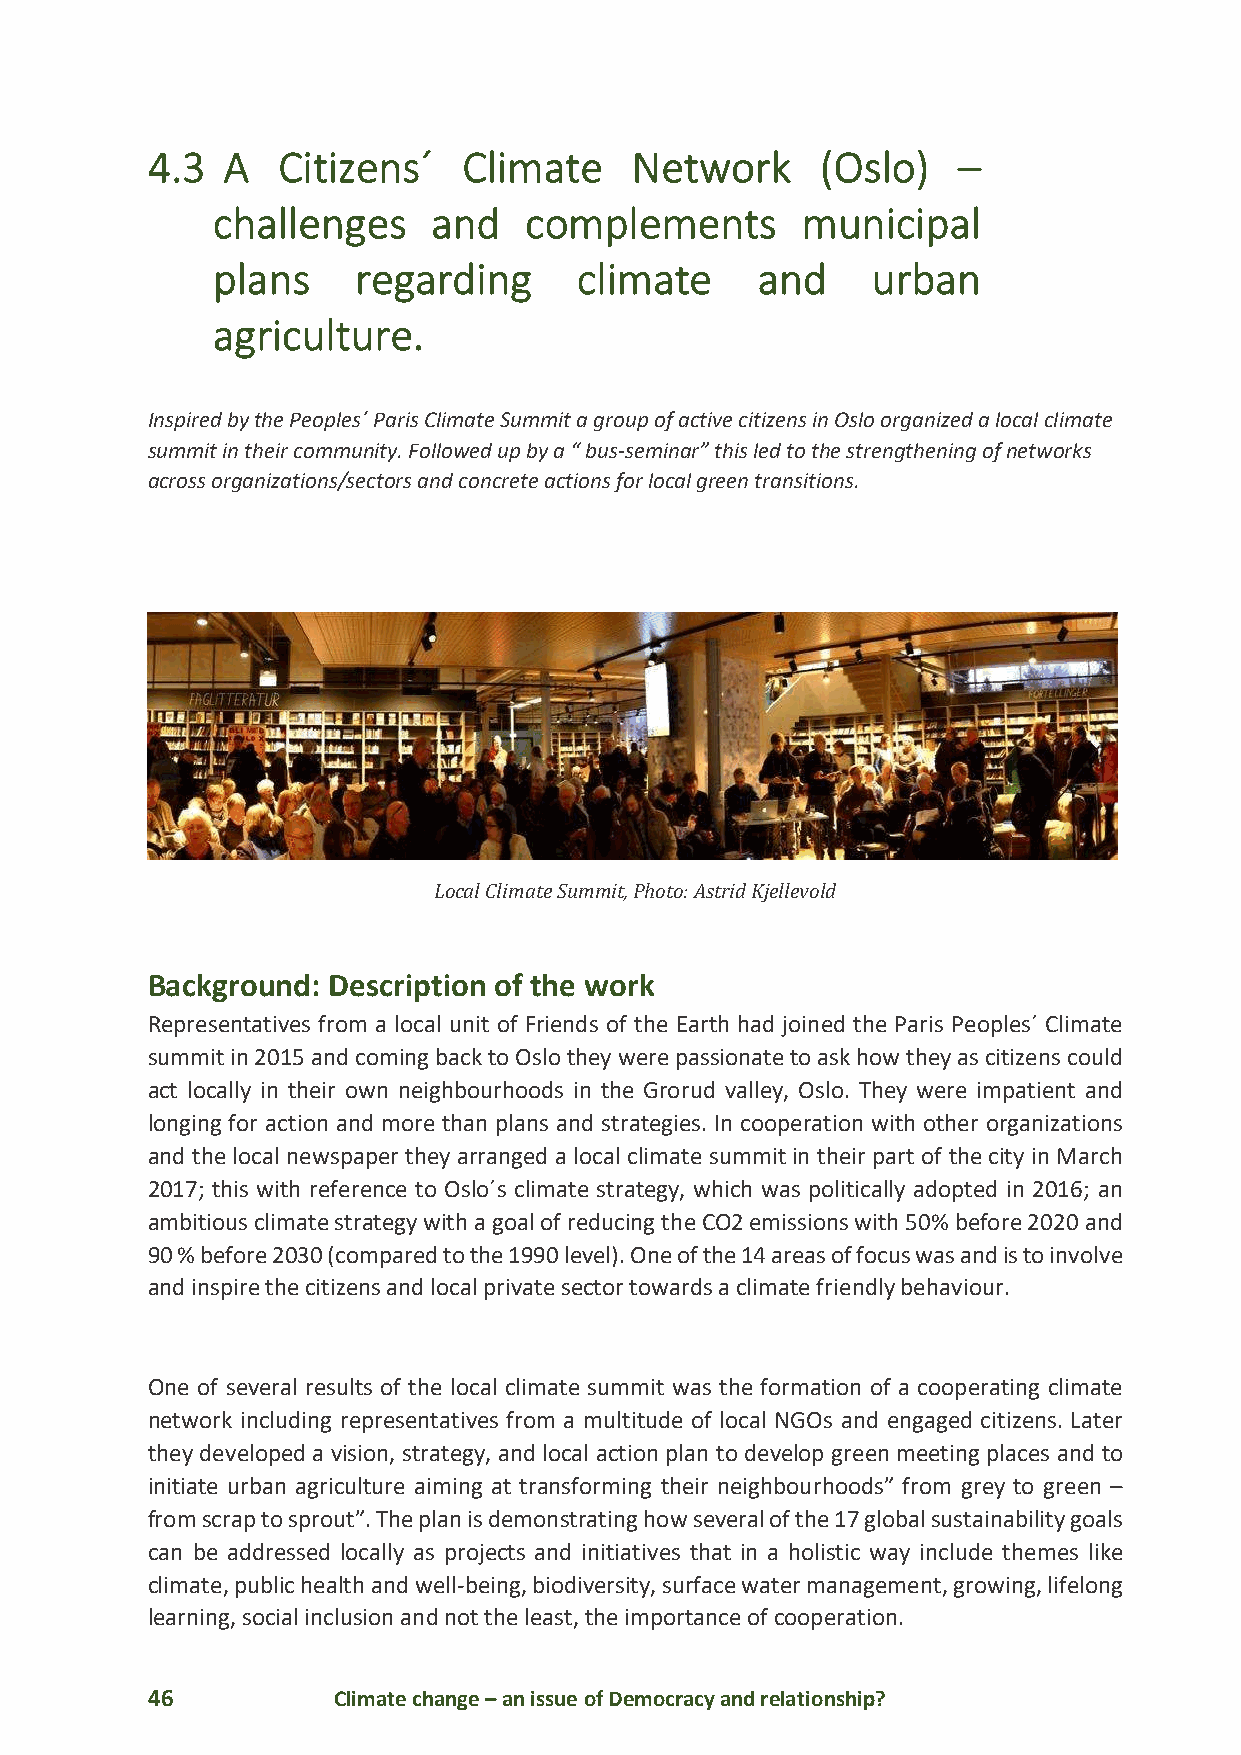
4.3  A  Citizens´    Climate    Network     (Oslo)   –
 challenges     and   complements       municipal
 plans     regarding     climate     and     urban
 agriculture.
 Inspired by the Peoples´ Paris Climate Summit a group of active citizens in Oslo organized a local climate
 summit in their community. Followed up by a “ bus-seminar” this led to the strengthening of networks
 across organizations/sectors and concrete actions for local green transitions.
 Local Climate Summit, Photo: Astrid Kjellevold
 Background: Description of the work
 Representatives from a local unit of Friends of the Earth had joined the Paris Peoples´ Climate
 summit in 2015 and coming back to Oslo they were passionate to ask how they as citizens could
 act locally in their own neighbourhoods in the Grorud valley, Oslo. They were impatient and
 longing for action and more than plans and strategies. In cooperation with other organizations
 and the local newspaper they arranged a local climate summit in their part of the city in March
 2017; this with reference to Oslo´s climate strategy, which was politically adopted in 2016; an
 ambitious climate strategy with a goal of reducing the CO2 emissions with 50% before 2020 and
 90 % before 2030 (compared to the 1990 level). One of the 14 areas of focus was and is to involve
 and inspire the citizens and local private sector towards a climate friendly behaviour.
 One of several results of the local climate summit was the formation of a cooperating climate
 network including representatives from a multitude of local NGOs and engaged citizens. Later
 they developed a vision, strategy, and local action plan to develop green meeting places and to
 initiate urban agriculture aiming at transforming their neighbourhoods” from grey to green –
 from scrap to sprout”. The plan is demonstrating how several of the 17 global sustainability goals
 can be addressed locally as projects and initiatives that in a holistic way include themes like
 climate, public health and well-being, biodiversity, surface water management, growing, lifelong
 learning, social inclusion and not the least, the importance of cooperation.
 46          Climate change – an issue of Democracy and relationship?